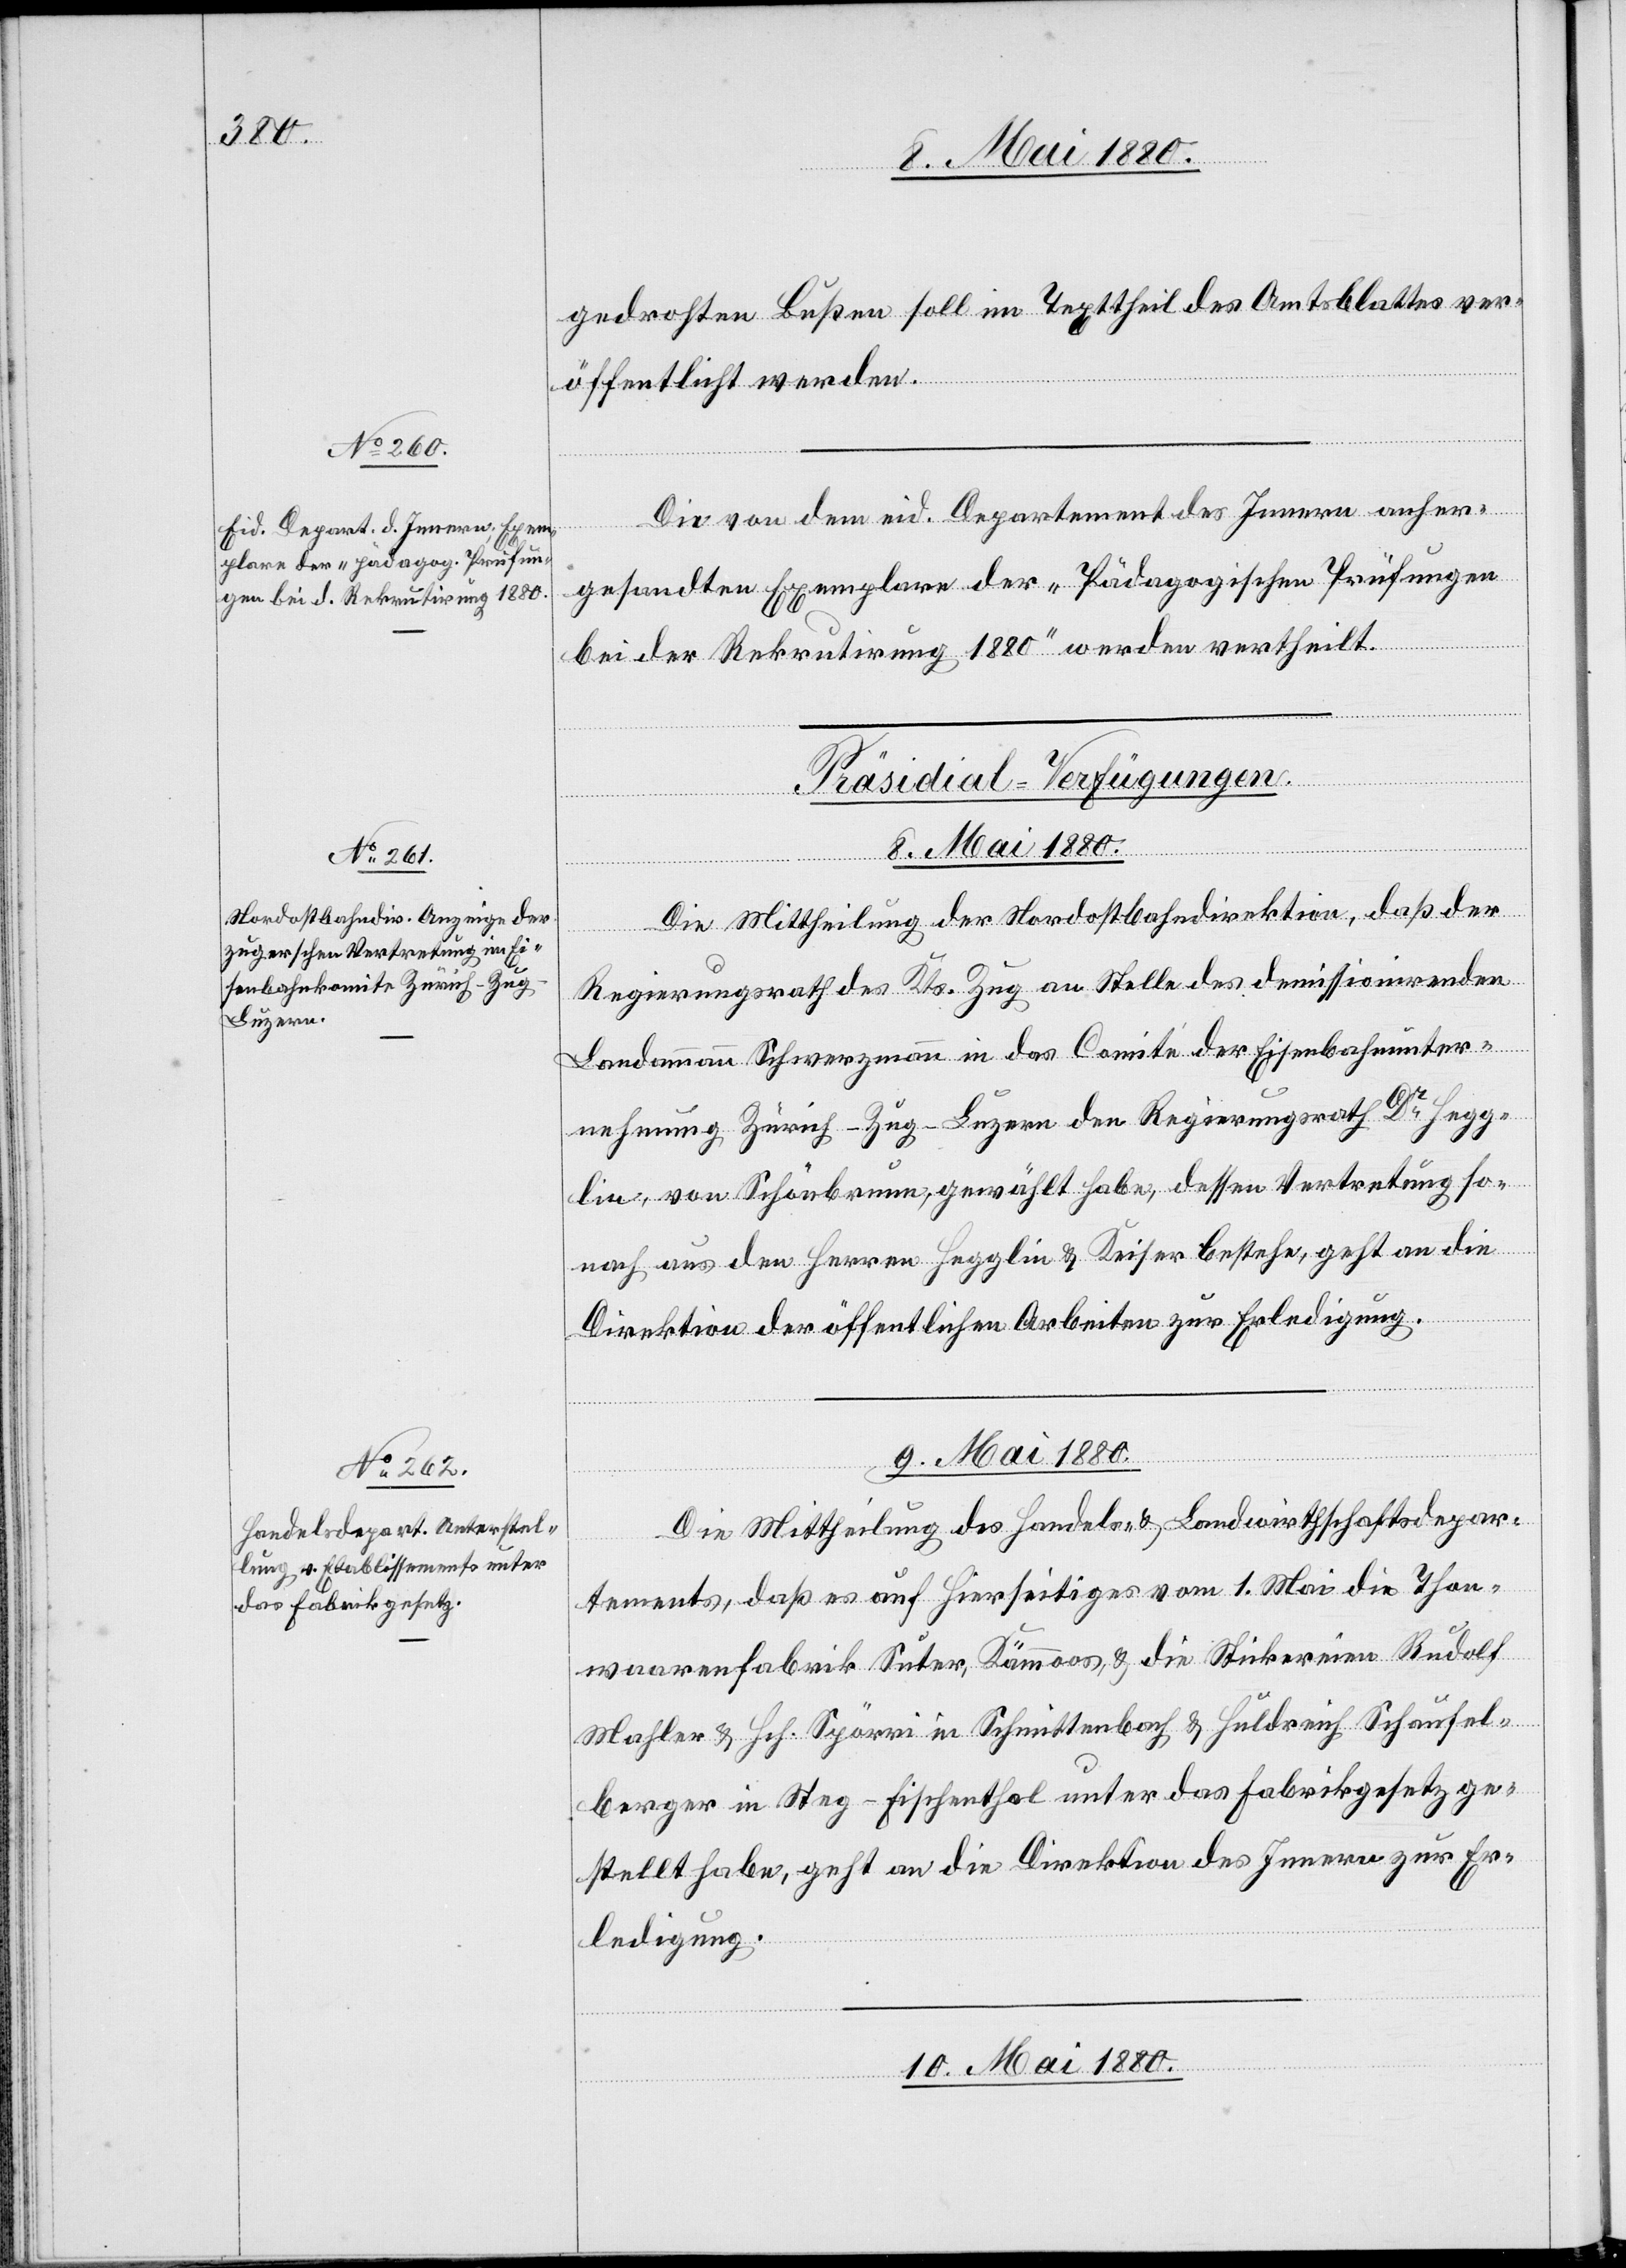
8. Mai 1880.
gedrohten Bußen soll im Texttheil des Amtsblattes ver¬
öffentlicht werden.
Die von dem eid. Departement des Innern anher¬
gesandten Exemplare der „Pädagogischen Prüfungen
bei der Rekrutirung 1880“ werden vertheilt.
[Präsidial-Verfügungen.]
Die Mittheilung der Nordostbahndirektion, daß der
Regierungsrath des Kts. Zug an Stelle des demissionirenden
Landammann Schwerzmann in das Comité der Eisenbahnunter¬
nehmung Zürich–Zug–Luzern den Regierungsrath Dr Hegge¬
lin, von Schönbaum, gewählt habe, dessen Vertretung so¬
nach aus den Herren Hegglin & Keiser bestehe, geht an die
Direktion der öffentlichen Arbeiten zur Erledigung.
9. Mai 1880.
Die Mittheilung des Handels- & Landwirthschaftsdepar¬
tements, daß es auf hierseitiges vom 1. Mai Thon¬
waarenfabrik Suter, Kämmoos, & die Strickereien Rudolf
Mahler & Hch. Spörri in Schmittenbach & Huldrich Schönfeld¬
berger in Steg - Fischenthal unter das Fabrikgesetz ge¬
stellt habe, geht an die Direktion des Innern zur Er¬
ledigung.
10. Mai 1880.